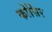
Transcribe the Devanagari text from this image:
कोसिर